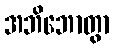
အဘိဘောတွာ